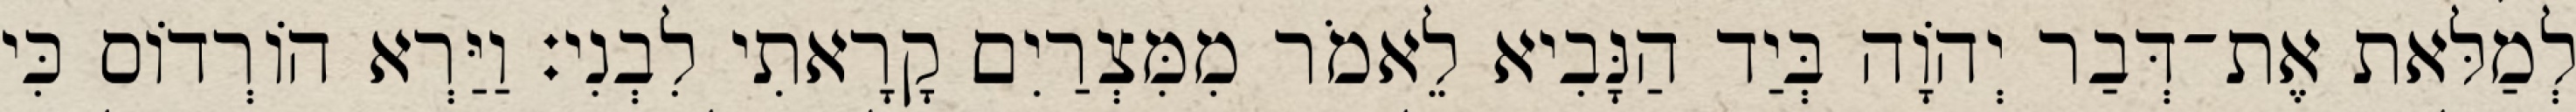
לְמַלּאת אֶת־דְּבַר יְהוָֹה בְּיַד הַנָּבִיא לֵאמֹר מִמִּצְרַיִם קָרָאתִי לִבְנִי׃ וַיַּרְא הוֹרְדוֹס כִּי